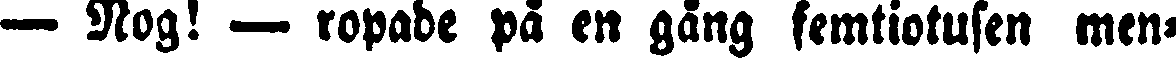
— Nog! — ropade på en gång femtiotusen men-